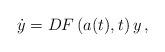
LaTeX: \begin{align*}\dot{y} = D F \left( a(t), t \right) y \, ,\end{align*}